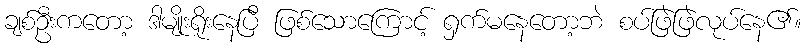
ချစ်ဦးကတော့ ဒါမျိုးရိုးနေပြီ ဖြစ်သောကြောင့် ရှက်မနေတော့ဘဲ စပ်ဖြဲဖြဲလုပ်နေ၏။